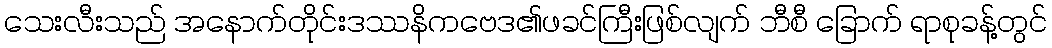
သေးလီးသည် အနောက်တိုင်းဒဿနိကဗေဒ၏ဖခင်ကြီးဖြစ်လျက် ဘီစီ ခြောက် ရာစုခန့်တွင်